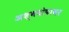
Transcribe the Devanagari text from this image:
अश्वघोषावर